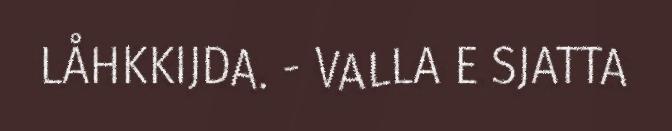
LÅHKKIJDA. - VALLA E SJATTA